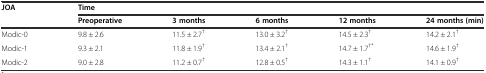
<table><thead><tr><td rowspan="2"><b>JOA</b></td><td colspan="5"><b>Time</b></td></tr><tr><td><b>Preoperative</b></td><td><b>3 months</b></td><td><b>6 months</b></td><td><b>12 months</b></td><td><b>24 months (min)</b></td></tr></thead><tbody><tr><td>Modic-0</td><td>9.8 ± 2.6</td><td>11.5 ± 2.7<sup>†</sup></td><td>13.0 ± 3.2<sup>†</sup></td><td>14.5 ± 2.3<sup>†</sup></td><td>14.2 ± 2.1<sup>†</sup></td></tr><tr><td>Modic-1</td><td>9.3 ± 2.1</td><td>11.8 ± 1.9<sup>†</sup></td><td>13.4 ± 2.1<sup>†</sup></td><td>14.7 ± 1.7<sup>†*</sup></td><td>14.6 ± 1.9<sup>†</sup></td></tr><tr><td>Modic-2</td><td>9.0 ± 2.8</td><td>11.2 ± 0.7<sup>†</sup></td><td>12.8 ± 0.5<sup>†</sup></td><td>14.3 ± 1.1<sup>†</sup></td><td>14.1 ± 0.9<sup>†</sup></td></tr></tbody></table>